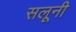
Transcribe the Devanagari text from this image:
सलूनी